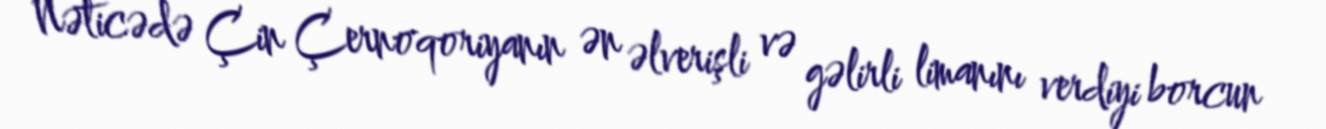
Nəticədə Çin Çernoqoriyanın ən əlverişli və gəlirli limanını verdiyi borcun